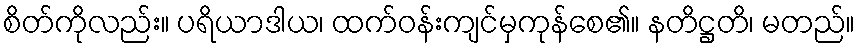
စိတ်ကိုလည်း။ ပရိယာဒါယ၊ ထက်ဝန်းကျင်မှကုန်စေ၏။ နတိဋ္ဌတိ၊ မတည်။